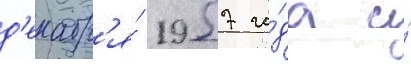
д'екабр'я́ 1957 го́да и́